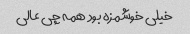
خیلی خوشمزه بود همه چی عالی